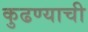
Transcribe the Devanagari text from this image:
कुढण्याची